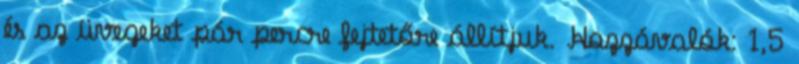
és az üvegeket pár percre fejtetőre állítjuk. Hozzávalók: 1,5